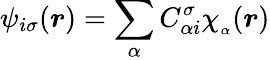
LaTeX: \psi_{i\sigma}(\boldsymbol{r})=\sum_{\alpha}C_{\alpha i}^{\sigma}\chi_{_{\alpha}}(\boldsymbol{r})